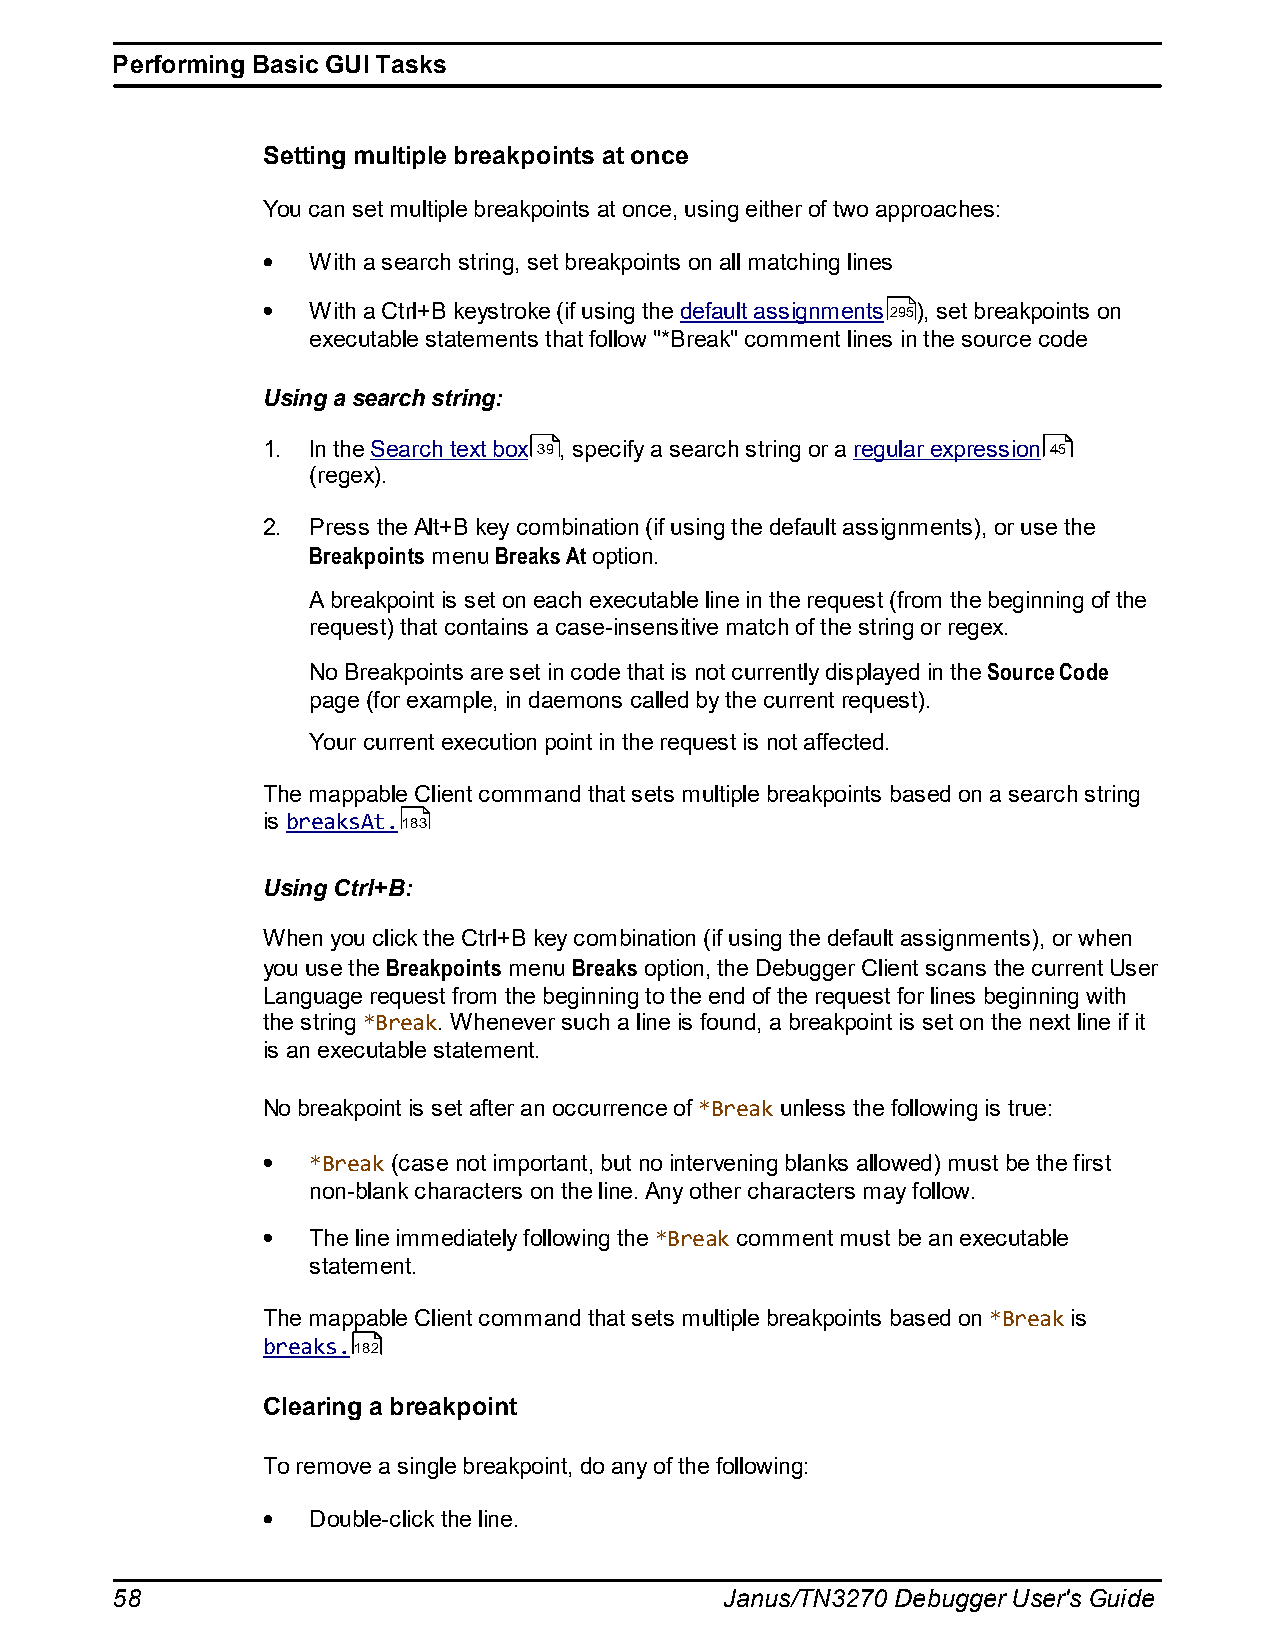
Performing Basic GUI Tasks
 Setting multiple breakpoints at once
 You can set multiple breakpoints at once, using either of two approaches:
 With a search string, set breakpoints on all matching lines
 With a Ctrl+B keystroke (if using the default assignments295), set breakpoints on
 executable statements that follow "*Break" comment lines in the source code
 Using a search string:
 1. In the Search text box 39, specify a search string or a regular expression 45
 (regex).
 2. Press the Alt+B key combination (if using the default assignments), or use the
 Breakpoints menu Breaks At option.
 A breakpoint is set on each executable line in the request (from the beginning of the
 request) that contains a case-insensitive match of the string or regex.
 No Breakpoints are set in code that is not currently displayed in the Source Code
 page (for example, in daemons called by the current request).
 Your current execution point in the request is not affected.
 The mappable Client command that sets multiple breakpoints based on a search string
 is breaksAt.183
 Using Ctrl+B:
 When you click the Ctrl+B key combination (if using the default assignments), or when
 you use the Breakpoints menu Breaks option, the Debugger Client scans the current User
 Language request from the beginning to the end of the request for lines beginning with
 the string *Break. Whenever such a line is found, a breakpoint is set on the next line if it
 is an executable statement.
 No breakpoint is set after an occurrence of *Break unless the following is true:
 *Break (case not important, but no intervening blanks allowed) must be the first
 non-blank characters on the line. Any other characters may follow.
 The line immediately following the *Break comment must be an executable
 statement.
 The mappable Client command that sets multiple breakpoints based on *Break is
 breaks.182
 Clearing a breakpoint
 To remove a single breakpoint, do any of the following:
 Double-click the line.
 58                                       Janus/TN3270 Debugger User's Guide